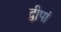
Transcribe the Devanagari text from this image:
द्वीपां